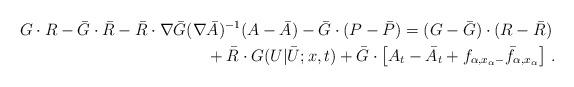
LaTeX: \begin{align*}G\cdot R-\bar G\cdot \bar R-\bar R\cdot \nabla\bar G(\nabla& \bar A)^{-1} (A-\bar A)-\bar G \cdot (P-\bar P)=(G-\bar G) \cdot (R-\bar R) \\&+\bar R \cdot G(U|\bar U;x,t)+\bar G\cdot \left[ A_t-\bar A_t+f_{\alpha,x_\alpha-}\bar f_{\alpha,x_\alpha}\right]\,.\end{align*}